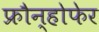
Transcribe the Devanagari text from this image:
फ्रौन्होफेर